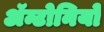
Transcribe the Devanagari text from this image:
ॲन्टोनियो